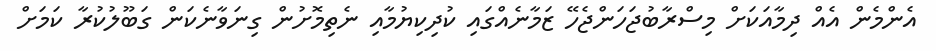
އެންމެން އެއް ދިމާއަކަށް މިސްރާބުޖަހަންޖެހޭ ޒަމާނެއްގައި ކުދިކިޔުމާއި ނެތިމޮށުން ގިނަވާނެކަން ގަބޫލުކުރާ ކަމަށް